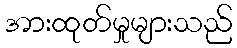
အားထုတ်မှုများသည်